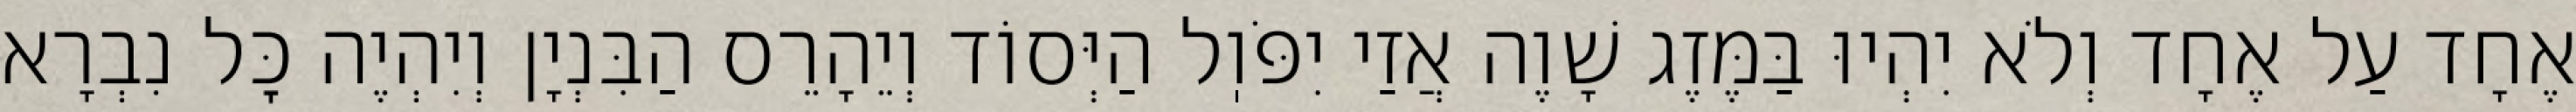
אֶחָד עַל אֶחָד וְלֹא יִהְיוּ בַּמֶּזֶג שָׁוֶה אֲזַי יִפֹּוֽל הַיְּסוֹד וְיֵהָרֵס הַבִּנְיָן וְיִהְיֶה כׇּל נִבְרָא